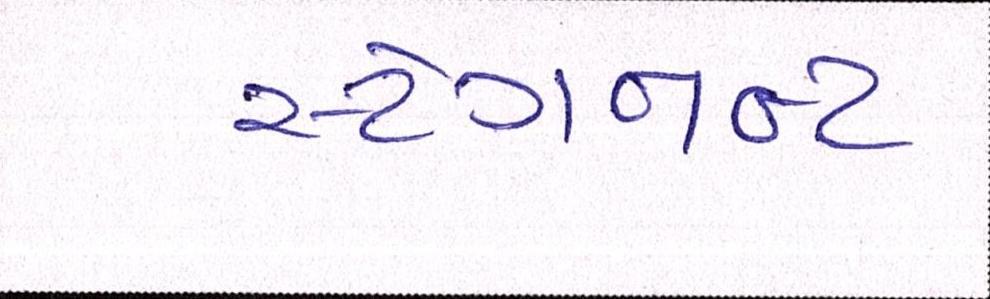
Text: સ્ટેગનન્ટ